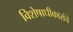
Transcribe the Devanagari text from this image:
विशेषाधीकारांचे